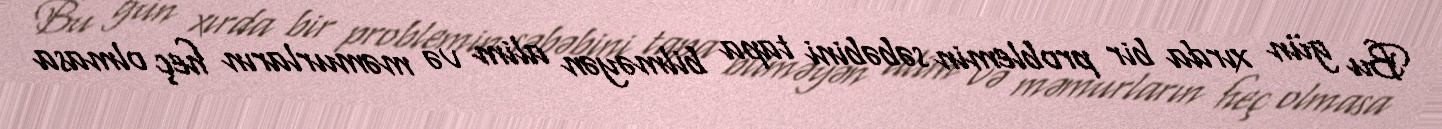
Bu gün xırda bir problemin səbəbini tapa bilməyən alim və məmurların heç olmasa